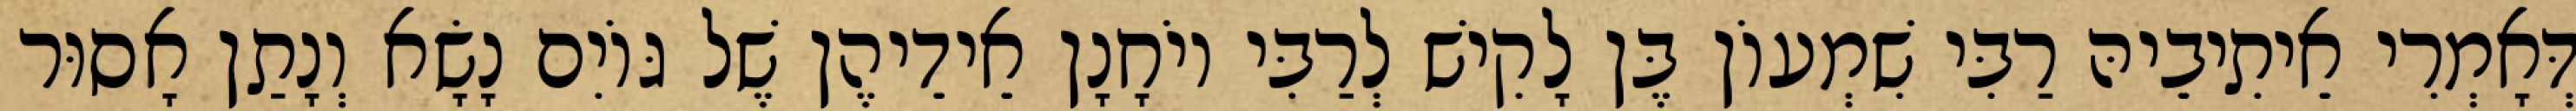
דְּאָמְרִי אֵיתִיבֵיהּ רַבִּי שִׁמְעוֹן בֶּן לָקִישׁ לְרַבִּי יוֹחָנָן אֵידֵיהֶן שֶׁל גּוֹיִם נָשָׂא וְנָתַן אָסוּר